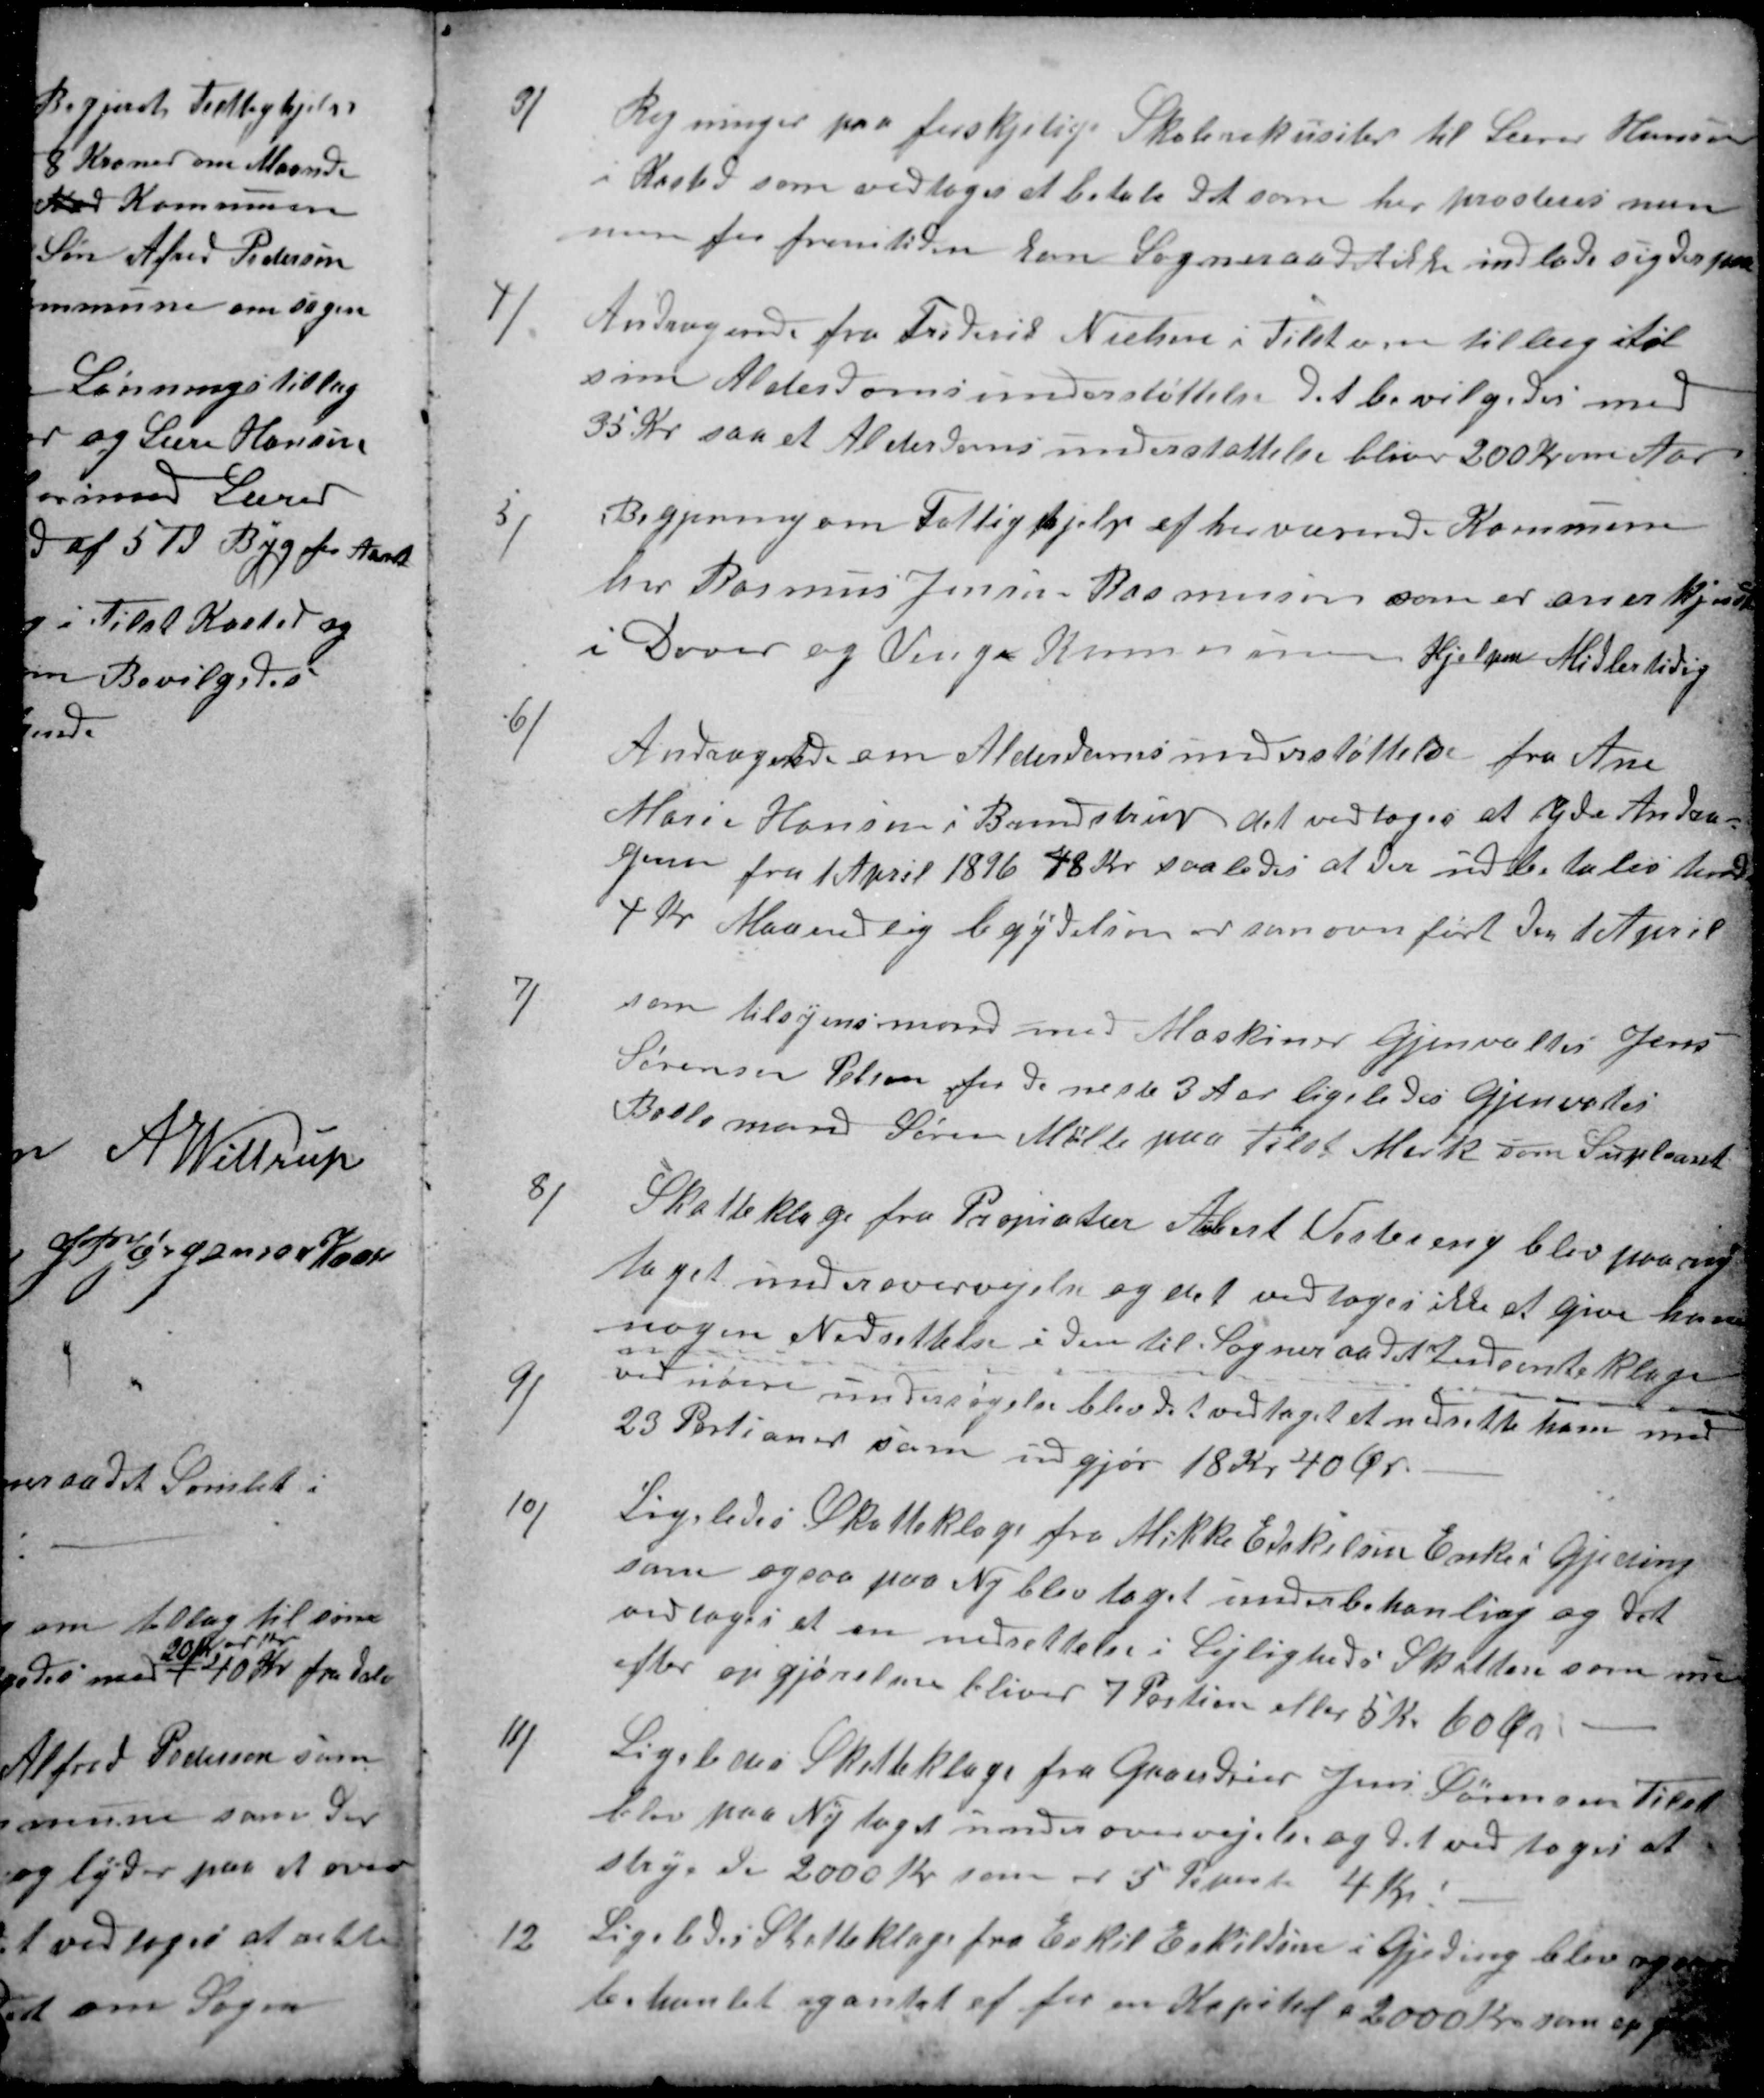
Transskription:
3)
Regninger paa forskjelige Skolerekvisiter til Lærer Hansen
i Kasted som vedtoges at betale det som her prosteres men
men for fremtiden kan Sogneraadet ikke indlade sig derpaa
4)
Andragende fra Frederik Nielsen i Tilst om tillæg til
sin Alderdomsunderstøttelse det bevilgedes med
35 Kr saa at Alderdomsunderstøttelse bliver 200 Kr om Aar
5)
Begjering om Fattighjelp af herværende Kommune
har Rasmus Jensen Rasmussen som er anerkjendt
i Dover og Venge Kommunen Hjelpen Midlertidlig
6)
Andragende om Alderdomsunderstøttelse fra Ane
Marie Hansen i Brendstrup det vedtoges at yde Andra-
geren fra 1 April 1896 48 Kr saaledes at der udbetales hende
4 Kr Maanedlig begyndelsen er som ovenført den 1 April
7)
som tilsynsmand med Maskiner Gjenvaltes Jens
Sørensen Pelsen for de neste 3 Aar ligeledes Gjenvaltes
Boelsmand Søren Møller paa Tilst Mark som Supleant
8)
Skatteklage fra Propiatær Aubert Vestereng blev paa ny
taget under overvejelse og det vedtoges ikke at give ham
nogen Nedsettelse i den til Sogneraadet Indsente klage
9)
ved videre undersøgelse blev det vedtaget et nedsette ham med
23 Portioner som udgjør 18 Kr 40 Øre
10)
Ligeledes Skatteklage fra Mikke Edskilsen Enke i Gjeding
som ogsaa paa Ny blev taget under behanling og det
vedtoges at en nedsættelse i Lejligheds Skatten som nu
efter opgjørelsen bliver 7 Portion eller 5 Kr 60 Øre
11)
Ligeledes Skatteklage fra Gaardeier Jens Sørensen Tilst
blev paa Ny taget under overvejelse og det vedtoges at
strye de 2000 Kr som og 5 Portioner 4 Kr.
12)
Ligeledes Skatteklage fra Eskil Eskildsen i Gjeding blev og
behanlet og ansat af for en Kapitel a 2000 Kr. som op